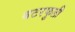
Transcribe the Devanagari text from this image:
बटरफुली